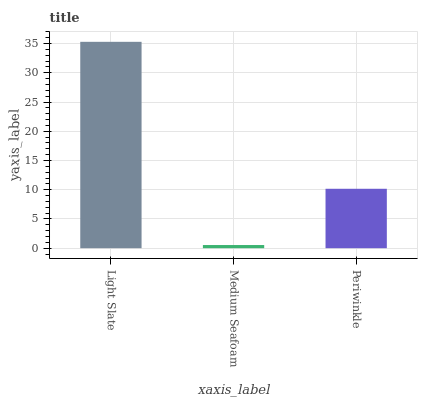
| xaxis_label | bars |
 | --- | --- |
 | Light Slate | 35.3 |
 | Medium Seafoam | 0.543 |
 | Periwinkle | 10.2 |